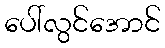
ပေါ်လွင်အောင်